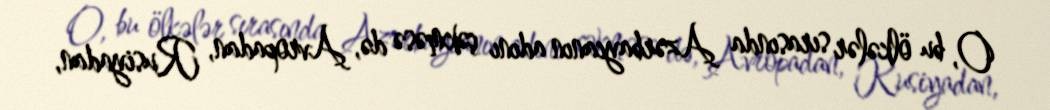
O, bu ölkələr sırasında Azərbaycanın adını çəkməsə də, Avropadan, Rusiyadan,